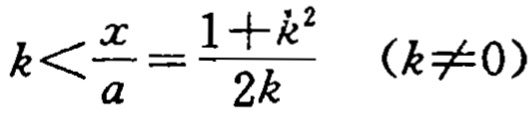
\(k<\frac{x}{a}=\frac{1 + k^{2}}{2k}\ (k\neq0)\)